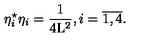
{ \eta } _ { i } ^ { \star } { \eta } _ { i } = \frac { 1 } { 4 \mathrm { L } ^ { 2 } } , i = \overline { { 1 , 4 } } .